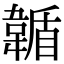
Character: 𩏋